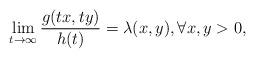
LaTeX: \begin{align*}\lim_{t\rightarrow\infty}\frac{g(tx,ty)}{h(t)}=\lambda(x,y), \forall x,y>0,\end{align*}